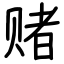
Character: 赌